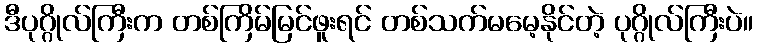
ဒီပုဂ္ဂိုလ်ကြီးက တစ်ကြိမ်မြင်ဖူးရင် တစ်သက်မမေ့နိုင်တဲ့ ပုဂ္ဂိုလ်ကြီးပဲ။